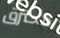
محترق